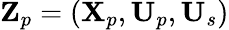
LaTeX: \mathbf{Z}_{p}=(\mathbf{X}_{p},\mathbf{U}_{p},\mathbf{U}_{s})